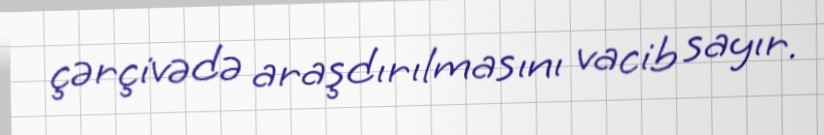
çərçivədə araşdırılmasını vacib sayır.